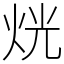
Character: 𤈛